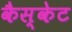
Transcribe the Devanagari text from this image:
कैस्केट